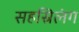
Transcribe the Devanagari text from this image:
सहस्रिलंग